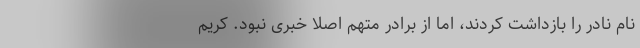
نام نادر را بازداشت کردند، اما از برادر متهم اصلا خبری نبود. کریم